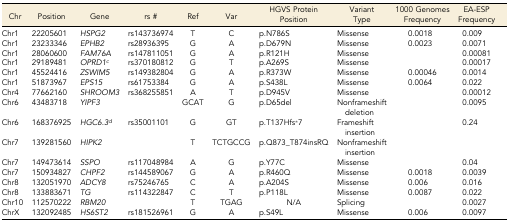
<table><thead><tr><td><b>Chr</b></td><td><b>Position</b></td><td><b>Gene</b></td><td><b>rs #</b></td><td><b>Ref</b></td><td><b>Var</b></td><td><b>HGVS Protein Position</b></td><td><b>Variant Type</b></td><td><b>1000 Genomes Frequency</b></td><td><b>EA-ESP Frequency</b></td></tr></thead><tbody><tr><td>Chr1</td><td>22205601</td><td><i>HSPG2</i></td><td>rs143736974</td><td>T</td><td>C</td><td>p.N786S</td><td>Missense</td><td>0.0018</td><td>0.009</td></tr><tr><td>Chr1</td><td>23233346</td><td><i>EPHB2</i></td><td>rs28936395</td><td>G</td><td>A</td><td>p.D679N</td><td>Missense</td><td>0.0023</td><td>0.0071</td></tr><tr><td>Chr1</td><td>28060600</td><td><i>FAM76A</i></td><td>rs147811051</td><td>G</td><td>A</td><td>p.R121H</td><td>Missense</td><td></td><td>0.00081</td></tr><tr><td>Chr1</td><td>29189481</td><td><i>OPRD1</i><i><sup>c</sup></i></td><td>rs370180812</td><td>G</td><td>T</td><td>p.A269S</td><td>Missense</td><td></td><td>0.00017</td></tr><tr><td>Chr1</td><td>45524416</td><td><i>ZSWIM5</i></td><td>rs149382804</td><td>G</td><td>A</td><td>p.R373W</td><td>Missense</td><td>0.00046</td><td>0.0014</td></tr><tr><td>Chr1</td><td>51873967</td><td><i>EPS15</i></td><td>rs61753384</td><td>G</td><td>A</td><td>p.S438L</td><td>Missense</td><td>0.0064</td><td>0.022</td></tr><tr><td>Chr4</td><td>77662160</td><td><i>SHROOM3</i></td><td>rs368255851</td><td>A</td><td>T</td><td>p.D945V</td><td>Missense</td><td></td><td>0.00012</td></tr><tr><td>Chr6</td><td>43483718</td><td><i>YIPF3</i></td><td></td><td>GCAT</td><td>G</td><td>p.D65del</td><td>Nonframeshift deletion</td><td></td><td>0.0095</td></tr><tr><td>Chr6</td><td>168376925</td><td><i>HGC6.3</i><i><sup>d</sup></i></td><td>rs35001101</td><td>G</td><td>GT</td><td>p.T137Hfs*7</td><td>Frameshift insertion</td><td></td><td>0.24</td></tr><tr><td>Chr7</td><td>139281560</td><td><i>HIPK2</i></td><td></td><td>T</td><td>TCTGCCG</td><td>p.Q873_T874insRQ</td><td>Nonframeshift insertion</td><td></td><td></td></tr><tr><td>Chr7</td><td>149473614</td><td><i>SSPO</i></td><td>rs117048984</td><td>A</td><td>G</td><td>p.Y77C</td><td>Missense</td><td></td><td>0.04</td></tr><tr><td>Chr7</td><td>150934827</td><td><i>CHPF2</i></td><td>rs144589067</td><td>G</td><td>A</td><td>p.R460Q</td><td>Missense</td><td>0.0018</td><td>0.0039</td></tr><tr><td>Chr8</td><td>132051970</td><td><i>ADCY8</i></td><td>rs75246765</td><td>C</td><td>A</td><td>p.A204S</td><td>Missense</td><td>0.006</td><td>0.016</td></tr><tr><td>Chr8</td><td>133883671</td><td><i>TG</i></td><td>rs114322847</td><td>C</td><td>T</td><td>p.P118L</td><td>Missense</td><td>0.0087</td><td>0.022</td></tr><tr><td>Chr10</td><td>112570222</td><td><i>RBM20</i></td><td></td><td>T</td><td>TGAG</td><td>N/A</td><td>Splicing</td><td></td><td>0.0027</td></tr><tr><td>ChrX</td><td>132092485</td><td><i>HS6ST2</i></td><td>rs181526961</td><td>G</td><td>A</td><td>p.S49L</td><td>Missense</td><td>0.006</td><td>0.0097</td></tr></tbody></table>